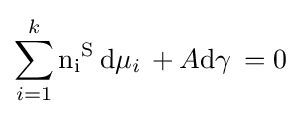
\sum _{i=1}^{k}\mathrm {n_{i}} ^{\mathrm {S} }\,\mathrm {d} \mu _{i}\,+A\mathrm {d} \gamma \,=0